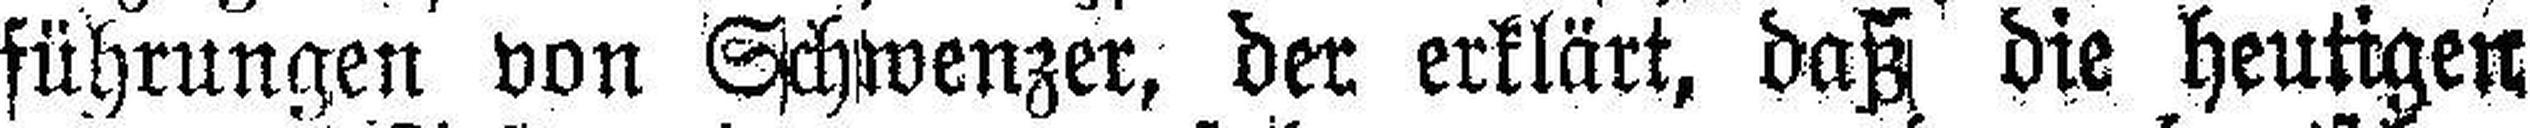
führungen von Schwenzer, der erklärt, daß die heutigen